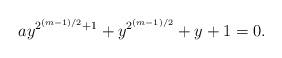
LaTeX: \begin{align*} a y^{2^{(m-1)/2} +1} + y^{2^{(m-1)/2}} + y + 1 =0. \end{align*}